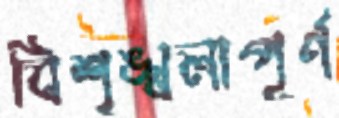
বিশৃঙ্খলাপূর্ণ